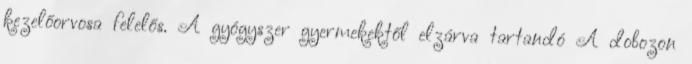
kezelőorvosa felelős. A gyógyszer gyermekektől elzárva tartandó A dobozon